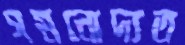
গমনোদ্যত